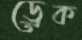
ড্রেক